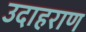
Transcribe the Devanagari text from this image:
उदाहराण